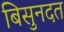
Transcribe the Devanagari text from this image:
बिसुनदत